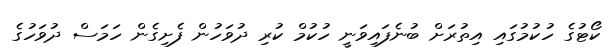
ކޯޓުގެ ހުކުމުގައި އިތުރަށް ބުނެފައިވަނީ ހުކުމް ކުރި ދުވަހުން ފެށިގެން ހަމަސް ދުވަހުގެ